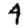
Digit: 4